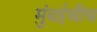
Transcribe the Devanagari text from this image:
मुंबईचीच